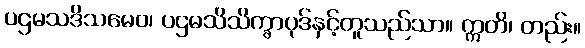
ပဌမသဒိသမေဝ၊ ပဌမသိသိက္ခာပုဒ်နှင့်တူသည်သာ။ ဣတိ၊ တည်း။